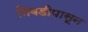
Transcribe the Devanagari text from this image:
निवडीपासून